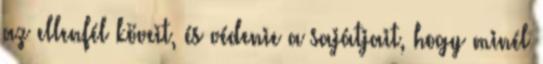
az ellenfél köveit, és védenie a sajátjait, hogy minél